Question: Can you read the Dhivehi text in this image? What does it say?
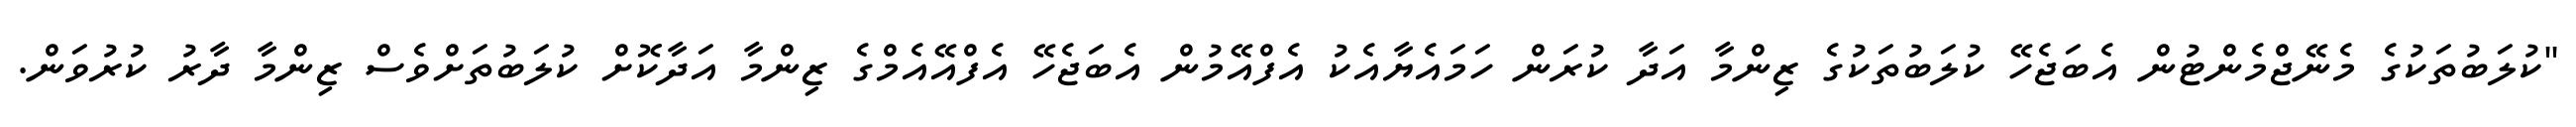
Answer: "ކުލަބުތަކުގެ މެނޭޖްމެންޓުން އެބަޖެހޭ ކުލަބުތަކުގެ ޒިންމާ އަދާ ކުރަން ހަމައެޔާއެކު އެފްއޭމުން އެބަޖެހޭ އެފްއޭއެމްގެ ޒިންމާ އަދާކޮށް ކުލަބުތަށްވެސް ޒިންމާ ދާރު ކުރުވަން.